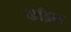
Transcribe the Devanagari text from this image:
कॉइन